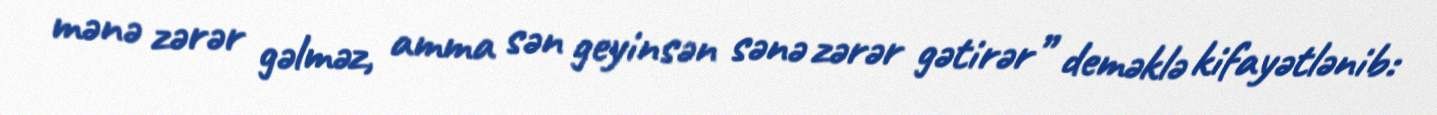
mənə zərər gəlməz, amma sən geyinsən sənə zərər gətirər” deməklə kifayətlənib: